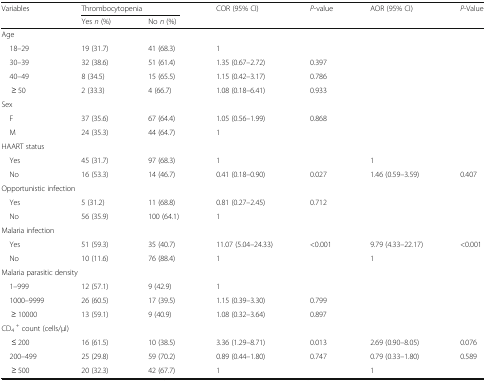
<table><thead><tr><td rowspan="2"><b>Variables</b></td><td colspan="2"><b>Thrombocytopenia</b></td><td rowspan="2"><b>COR (95% CI)</b></td><td rowspan="2"><b><i>P</i>-value</b></td><td rowspan="2"><b>AOR (95% CI)</b></td><td rowspan="2"><b><i>P</i>-Value</b></td></tr><tr><td><b>Yes <i>n</i> (%)</b></td><td><b>No <i>n</i> (%)</b></td></tr></thead><tbody><tr><td colspan="7">Age</td></tr><tr><td> 18–29</td><td>19 (31.7)</td><td>41 (68.3)</td><td>1</td><td></td><td></td><td></td></tr><tr><td> 30–39</td><td>32 (38.6)</td><td>51 (61.4)</td><td>1.35 (0.67–2.72)</td><td>0.397</td><td></td><td></td></tr><tr><td> 40–49</td><td>8 (34.5)</td><td>15 (65.5)</td><td>1.15 (0.42–3.17)</td><td>0.786</td><td></td><td></td></tr><tr><td>≥ 50</td><td>2 (33.3)</td><td>4 (66.7)</td><td>1.08 (0.18–6.41)</td><td>0.933</td><td></td><td></td></tr><tr><td colspan="7">Sex</td></tr><tr><td> F</td><td>37 (35.6)</td><td>67 (64.4)</td><td>1.05 (0.56–1.99)</td><td>0.868</td><td></td><td></td></tr><tr><td> M</td><td>24 (35.3)</td><td>44 (64.7)</td><td>1</td><td></td><td></td><td></td></tr><tr><td colspan="7">HAART status</td></tr><tr><td> Yes</td><td>45 (31.7)</td><td>97 (68.3)</td><td>1</td><td></td><td>1</td><td></td></tr><tr><td> No</td><td>16 (53.3)</td><td>14 (46.7)</td><td>0.41 (0.18–0.90)</td><td>0.027</td><td>1.46 (0.59–3.59)</td><td>0.407</td></tr><tr><td colspan="7">Opportunistic infection</td></tr><tr><td> Yes</td><td>5 (31.2)</td><td>11 (68.8)</td><td>0.81 (0.27–2.45)</td><td>0.712</td><td></td><td></td></tr><tr><td> No</td><td>56 (35.9)</td><td>100 (64.1)</td><td>1</td><td></td><td></td><td></td></tr><tr><td colspan="7">Malaria infection</td></tr><tr><td> Yes</td><td>51 (59.3)</td><td>35 (40.7)</td><td>11.07 (5.04–24.33)</td><td>&lt;0.001</td><td>9.79 (4.33–22.17)</td><td>&lt;0.001</td></tr><tr><td> No</td><td>10 (11.6)</td><td>76 (88.4)</td><td>1</td><td></td><td>1</td><td></td></tr><tr><td colspan="7">Malaria parasitic density</td></tr><tr><td> 1–999</td><td>12 (57.1)</td><td>9 (42.9)</td><td>1</td><td></td><td></td><td></td></tr><tr><td> 1000–9999</td><td>26 (60.5)</td><td>17 (39.5)</td><td>1.15 (0.39–3.30)</td><td>0.799</td><td></td><td></td></tr><tr><td>≥ 10000</td><td>13 (59.1)</td><td>9 (40.9)</td><td>1.08 (0.32–3.64)</td><td>0.897</td><td></td><td></td></tr><tr><td colspan="7">CD<sub>4</sub> <sup>+</sup> count (cells/μl)</td></tr><tr><td>≤ 200</td><td>16 (61.5)</td><td>10 (38.5)</td><td>3.36 (1.29–8.71)</td><td>0.013</td><td>2.69 (0.90–8.05)</td><td>0.076</td></tr><tr><td> 200–499</td><td>25 (29.8)</td><td>59 (70.2)</td><td>0.89 (0.44–1.80)</td><td>0.747</td><td>0.79 (0.33–1.80)</td><td>0.589</td></tr><tr><td>≥ 500</td><td>20 (32.3)</td><td>42 (67.7)</td><td>1</td><td></td><td>1</td><td></td></tr></tbody></table>